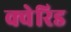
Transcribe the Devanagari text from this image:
क्वेरिड